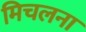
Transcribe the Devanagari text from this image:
मिचलना